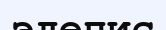
элепис